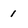
Character: 1